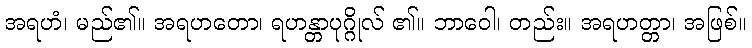
အရဟံ၊ မည်၏။ အရဟတော၊ ရဟန္တာပုဂ္ဂိုလ် ၏။ ဘာဝေါ၊ တည်း။ အရဟတ္တာ၊ အဖြစ်။